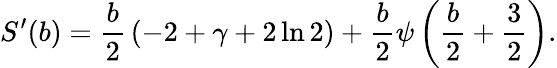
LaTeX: S^{\prime}(b)=\frac{b}{2}\, (-2+\gamma+2\ln 2)+\frac{b}{2}\psi\left(\frac{b}{2}+\frac{3}{2}\right).